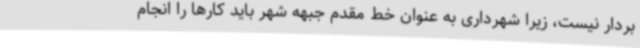
بردار نیست، زیرا شهرداری به عنوان خط مقدم جبهه شهر باید کارها را انجام